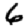
Digit: 6